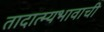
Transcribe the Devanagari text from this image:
तादात्म्यभावाची